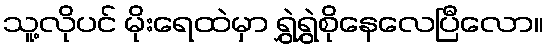
သူ့လိုပင် မိုးရေထဲမှာ ရွှဲရွှဲစိုနေလေပြီလော။